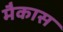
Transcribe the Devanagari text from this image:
मैकास